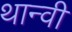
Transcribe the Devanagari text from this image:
थान्वी